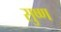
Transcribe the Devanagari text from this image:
सुष्ण